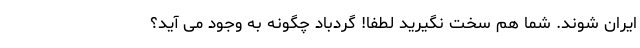
ایران شوند. شما هم سخت نگیرید لطفاً! گردباد چگونه به وجود می آید؟